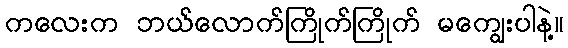
ကလေးက ဘယ်လောက်ကြိုက်ကြိုက် မကျွေးပါနဲ့။